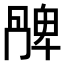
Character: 𠕩